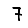
Digit: 7